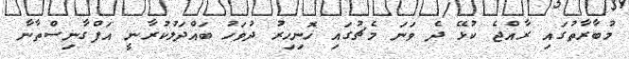
މުބާރާތުގައި ރާއްޖެ ކުޅޭ ދެ ވަނަ މެޗުގައި ހޮނިހިރު ދުވަހު ބައްދަލުކުރާނީ އަފްގާނިސްތާނާ